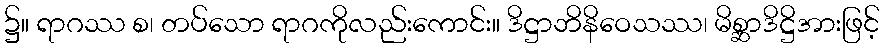
၌။ ရာဂဿ စ၊ တပ်သော ရာဂကိုလည်းကောင်း။ ဒိဋ္ဌာဘိနိဝေသဿ၊ မိစ္ဆာဒိဋ္ဌိအားဖြင့်